Vaccine operations Central Provinces 1900-1911 - 1900-1911
Year: 1900
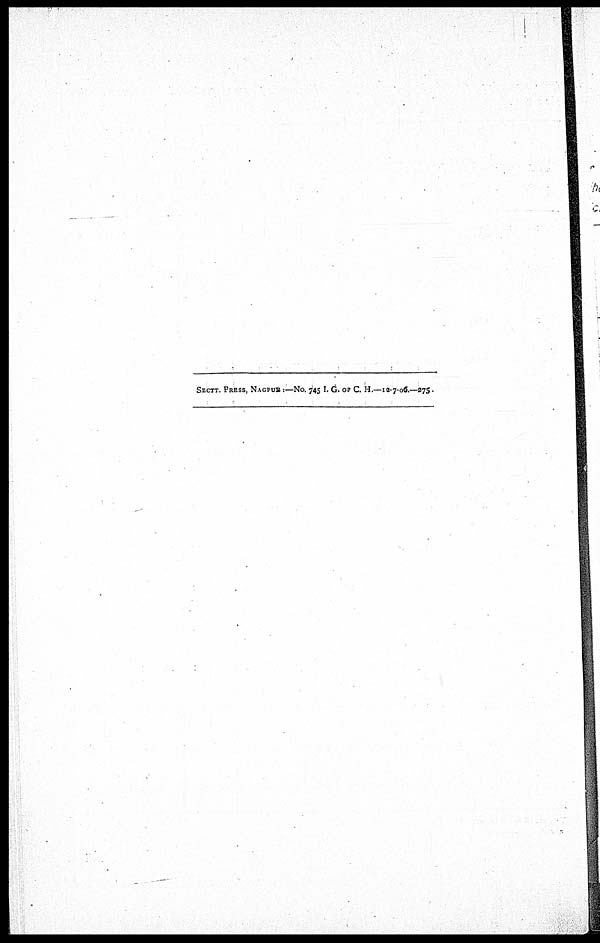
SECTT. PRESS, NAGPUR :—NO. 745 I. G. OF C. H.—12-7-06.—275.